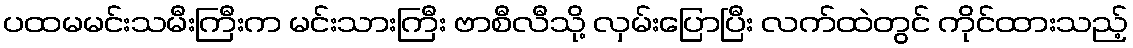
ပထမမင်းသမီးကြီးက မင်းသားကြီး ဗာစီလီသို့ လှမ်းပြောပြီး လက်ထဲတွင် ကိုင်ထားသည့်